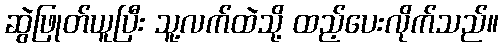
ဆွဲဖြုတ်ယူပြီး သူ့လက်ထဲသို့ ထည့်ပေးလိုက်သည်။